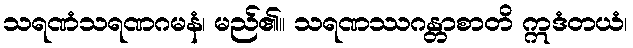
သရဏံသရဏဂမနံ၊ မည်၏။ သရဏဿဂန္တာစာတိ ဣဒံတယံ၊